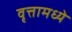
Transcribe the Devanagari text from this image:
वृत्तामध्ये